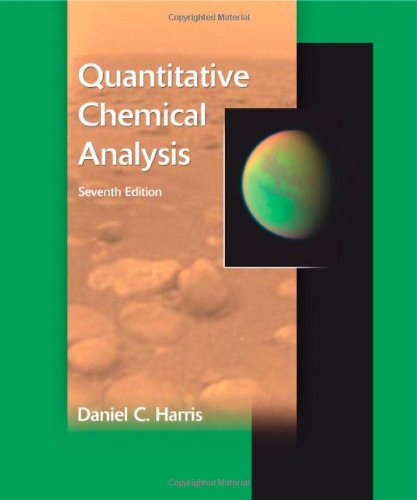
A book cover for Quantitative Chemical Analysis; Daniel C. Harris; Science & Math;